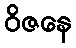
ဝိဇနေ